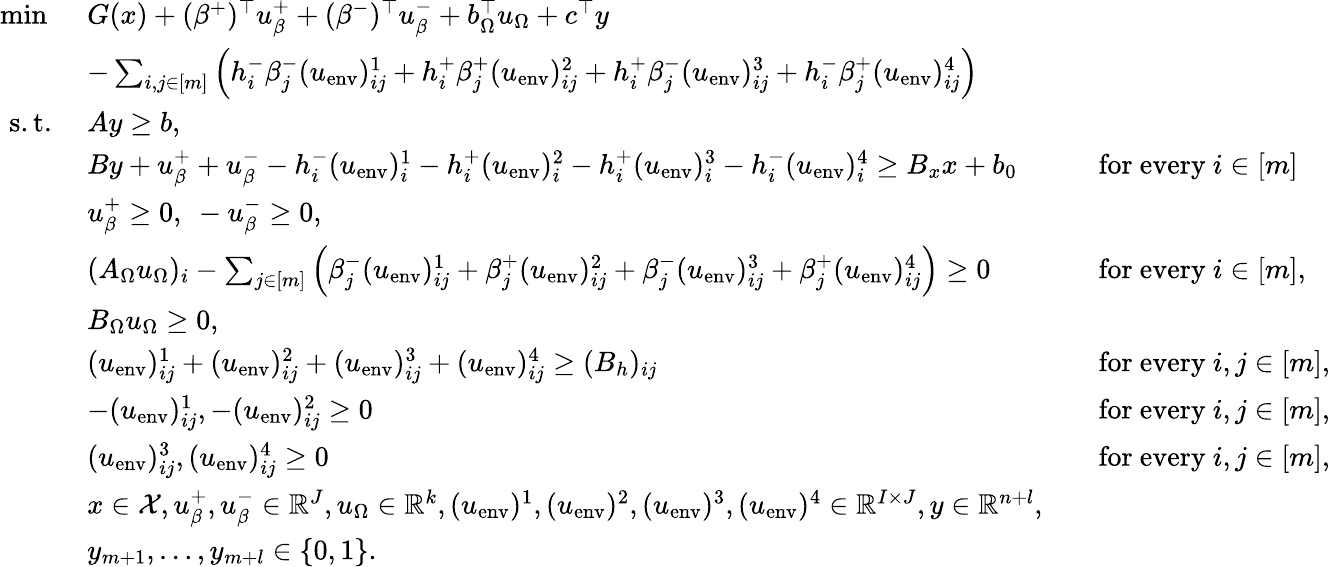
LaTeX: \begin{array}{rlrl}{\operatorname*{min}\ }&{G(x)+(\beta^{+})^{\top}u_{\beta}^{+}+(\beta^{-})^{\top}u_{\beta}^{-}+b_{\Omega}^{\top}u_{\Omega}+c^{\top}y}\\ &{-\sum_{i,j\in[m]}\left(h_{i}^{-}\beta_{j}^{-}(u_{\mathrm{env}})_{ij}^{1}+h_{i}^{+}\beta_{j}^{+}(u_{\mathrm{env}})_{ij}^{2}+h_{i}^{+}\beta_{j}^{-}(u_{\mathrm{env}})_{ij}^{3}+h_{i}^{-}\beta_{j}^{+}(u_{\mathrm{env}})_{ij}^{4}\right)}\\ {\mathrm{s.t.}\ }&{Ay\geq b,}\\ &{By+u_{\beta}^{+}+u_{\beta}^{-}-h_{i}^{-}(u_{\mathrm{env}})_{i}^{1}-h_{i}^{+}(u_{\mathrm{env}})_{i}^{2}-h_{i}^{+}(u_{\mathrm{env}})_{i}^{3}-h_{i}^{-}(u_{\mathrm{env}})_{i}^{4}\geq B_{x}x+b_{0}}&&{\mathrm{for~every~}i\in[m]}\\ &{u_{\beta}^{+}\geq 0,\ -u_{\beta}^{-}\geq 0,}\\ &{(A_{\Omega}u_{\Omega})_{i}-\sum_{j\in[m]}\left(\beta_{j}^{-}(u_{\mathrm{env}})_{ij}^{1}+\beta_{j}^{+}(u_{\mathrm{env}})_{ij}^{2}+\beta_{j}^{-}(u_{\mathrm{env}})_{ij}^{3}+\beta_{j}^{+}(u_{\mathrm{env}})_{ij}^{4}\right)\geq 0}&&{\mathrm{for~every~}i\in[m],}\\ &{B_{\Omega}u_{\Omega}\geq 0,}\\ &{(u_{\mathrm{env}})_{ij}^{1}+(u_{\mathrm{env}})_{ij}^{2}+(u_{\mathrm{env}})_{ij}^{3}+(u_{\mathrm{env}})_{ij}^{4}\geq(B_{h})_{ij}}&&{\mathrm{for~every~}i,j\in[m],}\\ &{-(u_{\mathrm{env}})_{ij}^{1},-(u_{\mathrm{env}})_{ij}^{2}\geq 0}&&{\mathrm{for~every~}i,j\in[m],}\\ &{(u_{\mathrm{env}})_{ij}^{3},(u_{\mathrm{env}})_{ij}^{4}\geq 0}&&{\mathrm{for~every~}i,j\in[m],}\\ &{x\in\mathcal{X},u_{\beta}^{+},u_{\beta}^{-}\in\mathbb{R}^{J},u_{\Omega}\in\mathbb{R}^{k},(u_{\mathrm{env}})^{1},(u_{\mathrm{env}})^{2},(u_{\mathrm{env}})^{3},(u_{\mathrm{env}})^{4}\in\mathbb{R}^{I\times J},y\in\mathbb{R}^{n+l},}\\ &{y_{m+1},\ldots,y_{m+l}\in\{ 0,1\} .}\end{array}